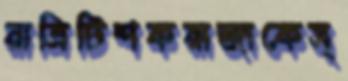
রাত্রিটিশকরাজাকেস্